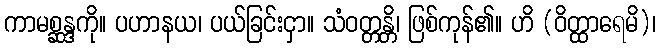
ကာမစ္ဆန္ဒကို။ ပဟာနယ၊ ပယ်ခြင်းငှာ။ သံဝတ္တန္တိ၊ ဖြစ်ကုန်၏။ ဟိ (ဝိတ္ထာရေမိ)၊